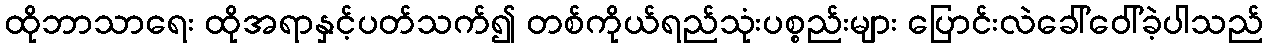
ထိုဘာသာရေး ထိုအရာနှင့်ပတ်သက်၍ တစ်ကိုယ်ရည်သုံးပစ္စည်းများ ပြောင်းလဲခေါ်ဝေါ်ခဲ့ပါသည်